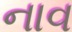
નાવ